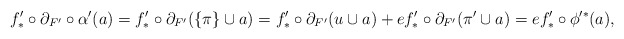
\begin{align*} f'_* \circ \partial_{F'} \circ \alpha'(a) = f'_* \circ \partial_{F'} (\{\pi\} \cup a) = f'_* \circ \partial_{F'}(u \cup a) + e f'_* \circ \partial_{F'}(\pi' \cup a) = e f'_* \circ \phi'^*(a),\end{align*}